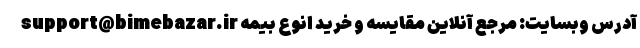
support@bimebazar.ir آدرس وبسایت: مرجع آنلاین مقایسه و خرید انوع بیمه